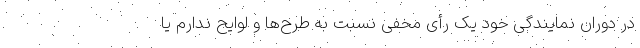
در دوران نمایندگی خود یک رأی مخفی نسبت به طرح‌ها و لوایح ندارم یا